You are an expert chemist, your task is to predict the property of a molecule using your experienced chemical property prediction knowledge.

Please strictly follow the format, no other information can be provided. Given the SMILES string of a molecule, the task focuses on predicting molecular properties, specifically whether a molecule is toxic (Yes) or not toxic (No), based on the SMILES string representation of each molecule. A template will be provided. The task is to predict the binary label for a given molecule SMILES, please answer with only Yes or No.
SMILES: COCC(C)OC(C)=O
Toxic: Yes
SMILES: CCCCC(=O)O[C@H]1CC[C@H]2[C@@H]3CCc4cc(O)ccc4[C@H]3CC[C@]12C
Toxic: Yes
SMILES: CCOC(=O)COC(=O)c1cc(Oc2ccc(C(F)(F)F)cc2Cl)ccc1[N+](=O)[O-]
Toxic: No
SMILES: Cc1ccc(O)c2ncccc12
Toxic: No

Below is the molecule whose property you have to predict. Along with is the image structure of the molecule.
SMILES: CN(C)CCN(C)CCN(C)C
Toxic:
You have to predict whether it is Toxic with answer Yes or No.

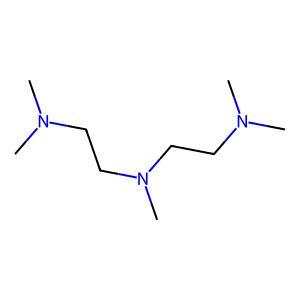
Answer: No